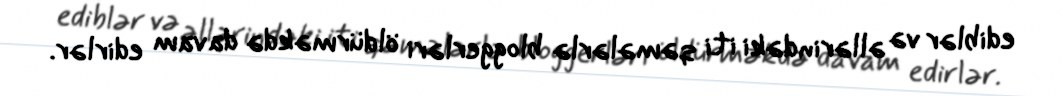
ediblər və əllərindəki iti qəmələrlə bloggerləri öldürməkdə davam edirlər.